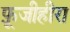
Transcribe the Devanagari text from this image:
फ़ूजीहीरा